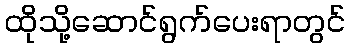
ထိုသို့ဆောင်ရွက်ပေးရာတွင်